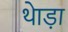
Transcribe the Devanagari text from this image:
थेाड़ा